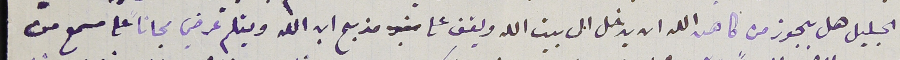
الجليل هل يجوز من كاهن الله ان يدخل الى بيت الله ويقف على مذبح ابن الله ويتلم عرضي مجاناً على مسمع من